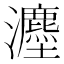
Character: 𪸇